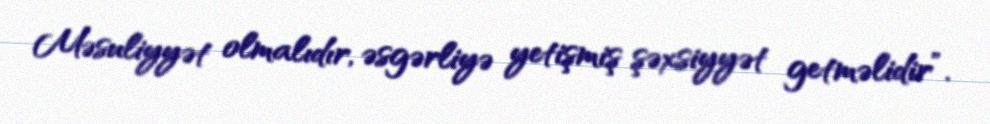
Məsuliyyət olmalıdır, əsgərliyə yetişmiş şəxsiyyət getməlidir”.